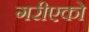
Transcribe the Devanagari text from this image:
गरीएको